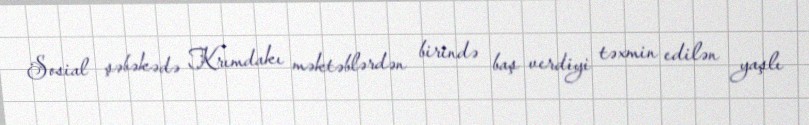
Sosial şəbəkədə Krımdakı məktəblərdən birində baş verdiyi təxmin edilən yaşlı